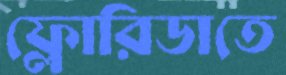
ফ্লোরিডাতে